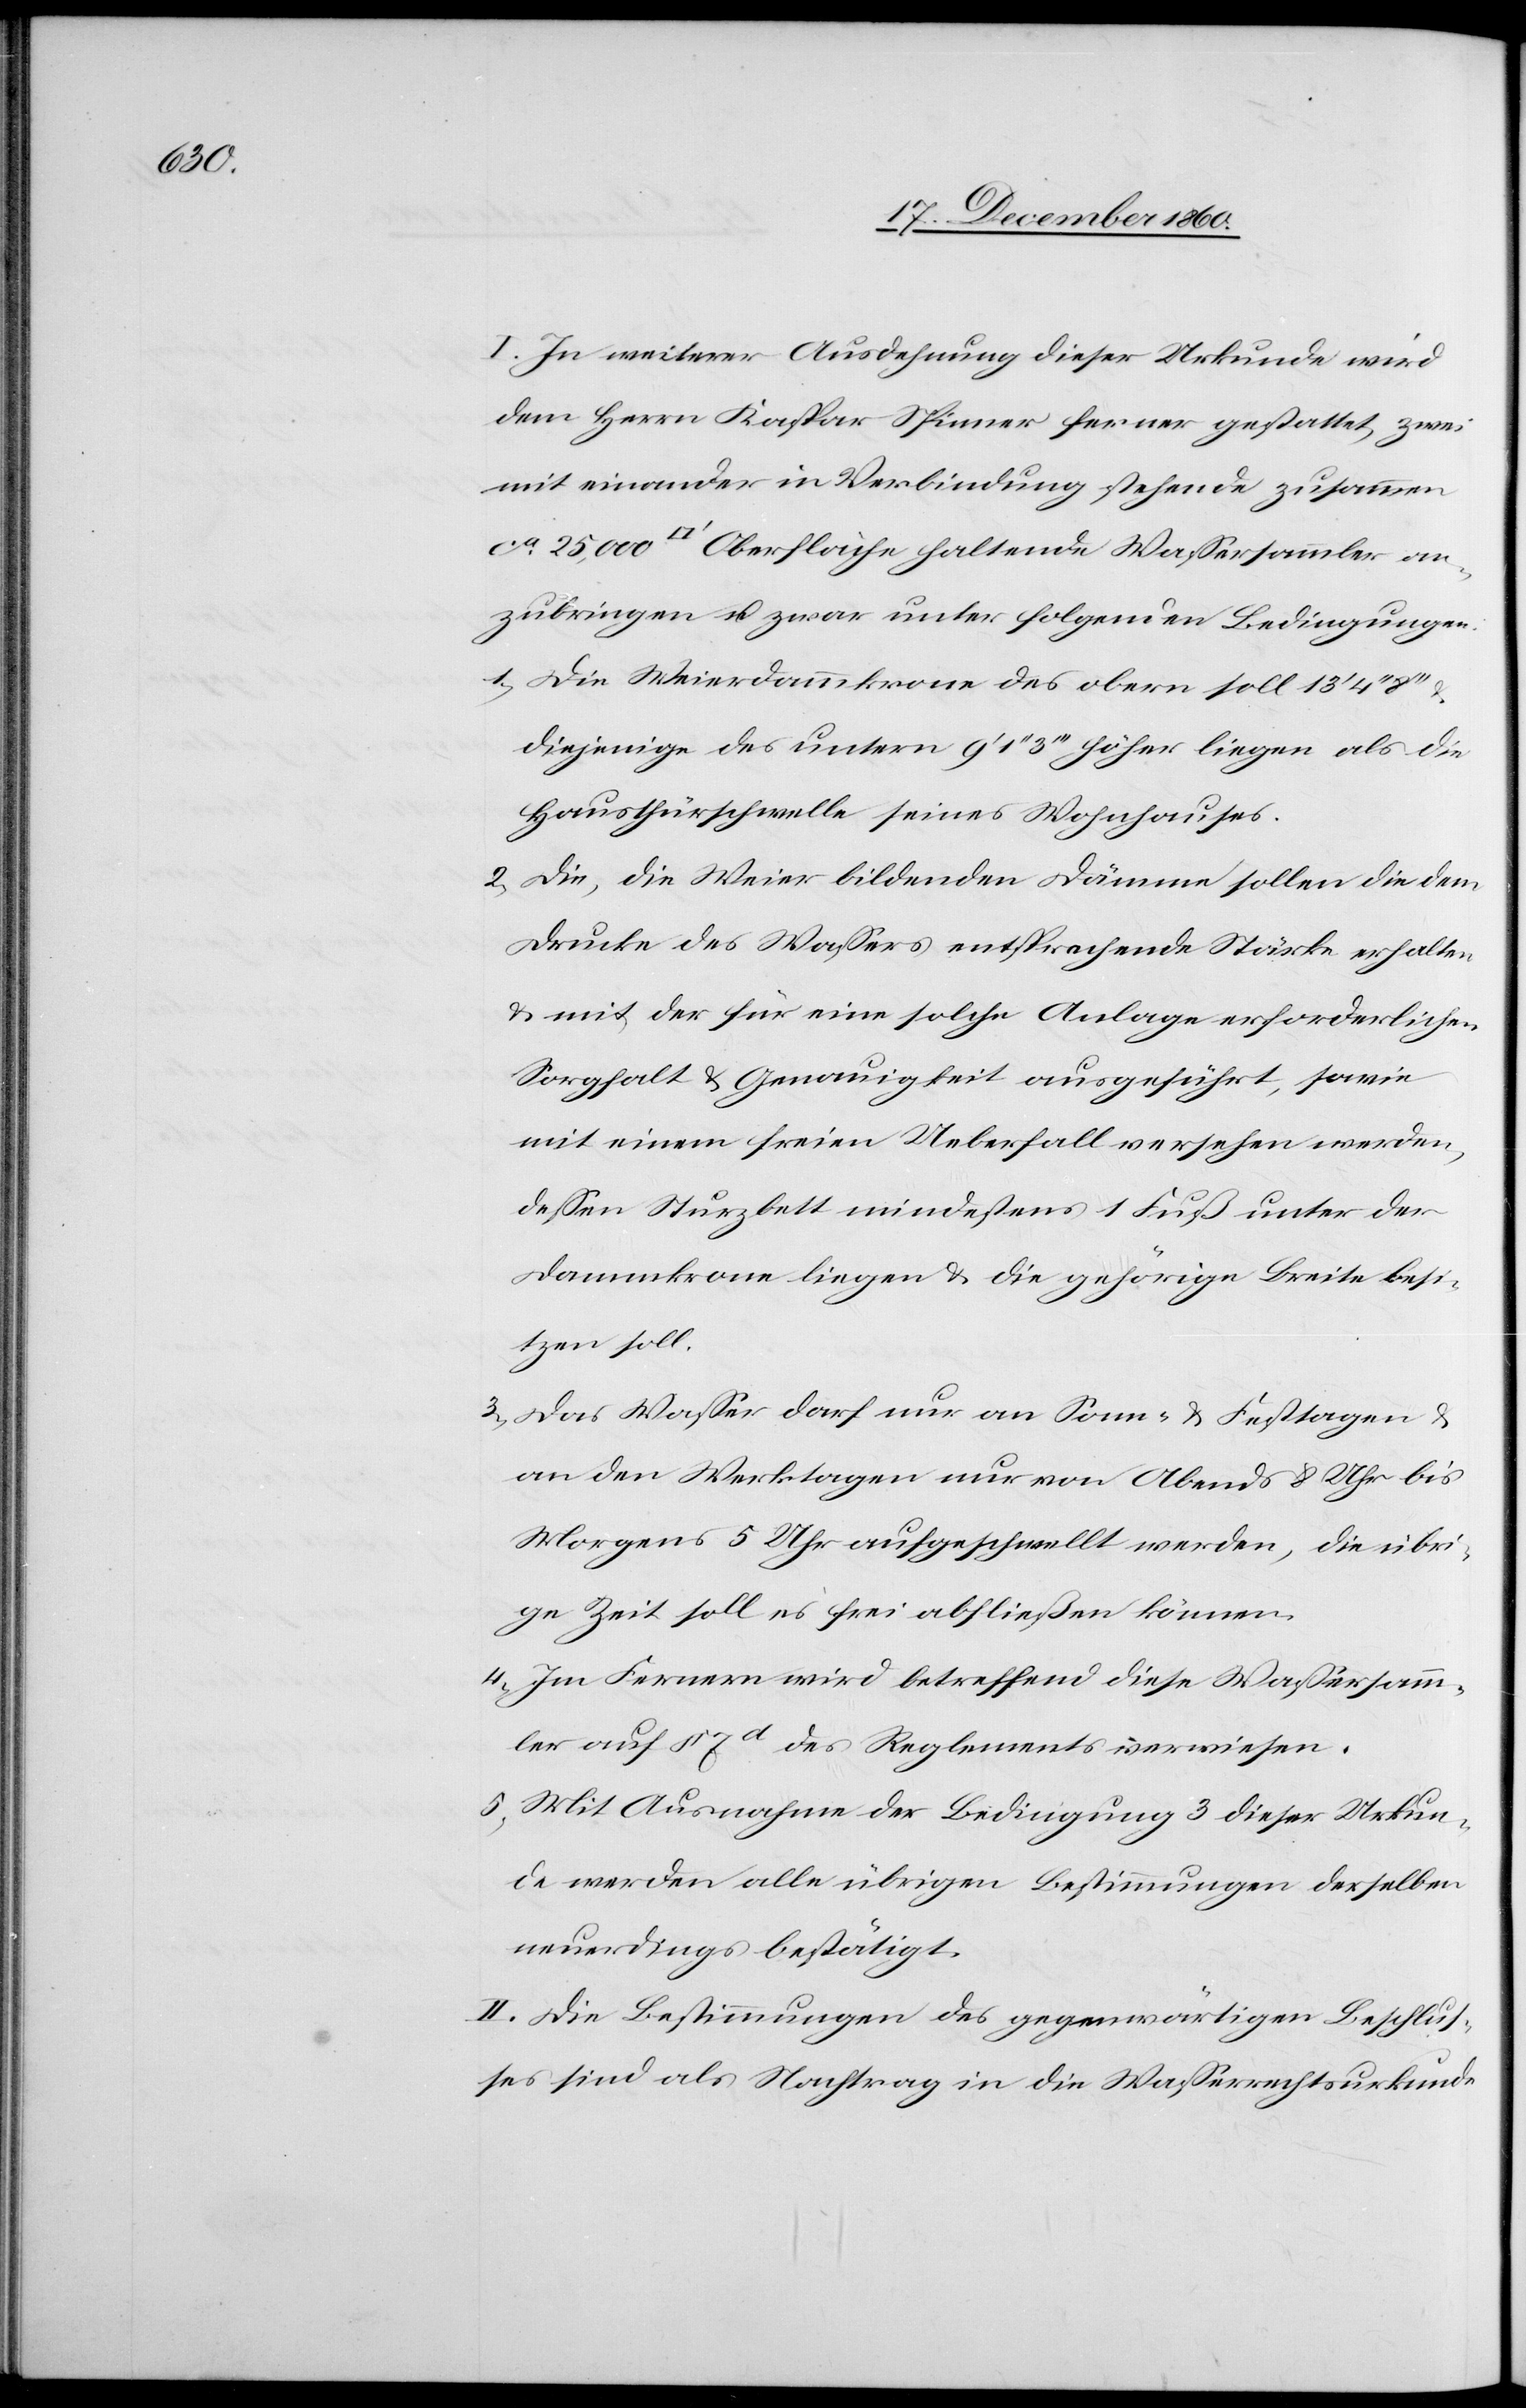
I. In weiterer Ausdehnung dieser Urkunde wird
dem Herrn Kaspar Spinner ferner gestattet, zwei
mit einander in Verbindung stehende zusammen
[Quadratfuß] Oberfläche haltende Wassersammler an¬
zubringen u. zwar unter folgenden Bedingungen:
1. Die Weierdammkrone des obern soll 13’
diejenige des untern 9’ 1’’ 3’’’ höher liegen als die
Hausthürschwelle seines Wohnhauses.
2. Die, die Weier bildenden Dämme sollen die dem
Drucke des Wassers entsprechende Stärke erhalten
u. mit der für eine solche Anlage erforderlichen
Sorgfalt u. Genauigkeit ausgeführt, sowie
mit einem freien Ueberfall versehen werden,
dessen Sturzbett mindestens 1 Fuß unter der
Dammkrone liegen u. die gehörige Breite besi¬
tzen soll.
3. Das Wasser darf nur an Sonn- u. Festtagen u.
an den Werktagen nur von Abends 8 Uhr bis
Morgens 5 Uhr aufgeschwellt werden, die übri¬
ge Zeit soll es frei abfließen können.
4. Im Fernern wird betreffend diese Wassersamm¬
ler auf § 7d des Reglements verwiesen.
5. Mit Ausnahme der Bedingung 3 dieser Urkun¬
de werden alle übrigen Bestimmungen derselben
neuerdings bestätigt.
II. Die Bestimmungen des gegenwärtigen Beschlus¬
ses sind als Nachtrag in die Wasserrechtsurkunde